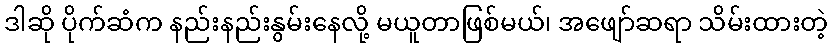
ဒါဆို ပိုက်ဆံက နည်းနည်းနွမ်းနေလို့ မယူတာဖြစ်မယ်၊ အဖျော်ဆရာ သိမ်းထားတဲ့